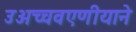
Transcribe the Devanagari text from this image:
उअच्चवएणीयाने